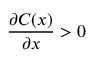
\frac { \partial C ( x ) } { \partial x } > 0